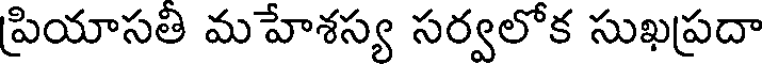
ప్రియాసతి మహేశస్య సర్వలోక సుఖప్రదా